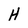
Character: H